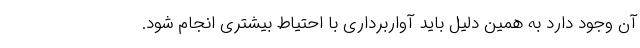
آن وجود دارد به همین دلیل باید آواربرداری با احتیاط بیشتری انجام شود.